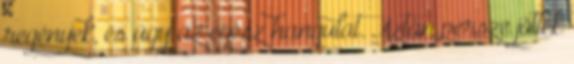
regények, és úgy az egész hangulat. Aztán persze jöttek